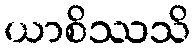
ယာစိဿသိ